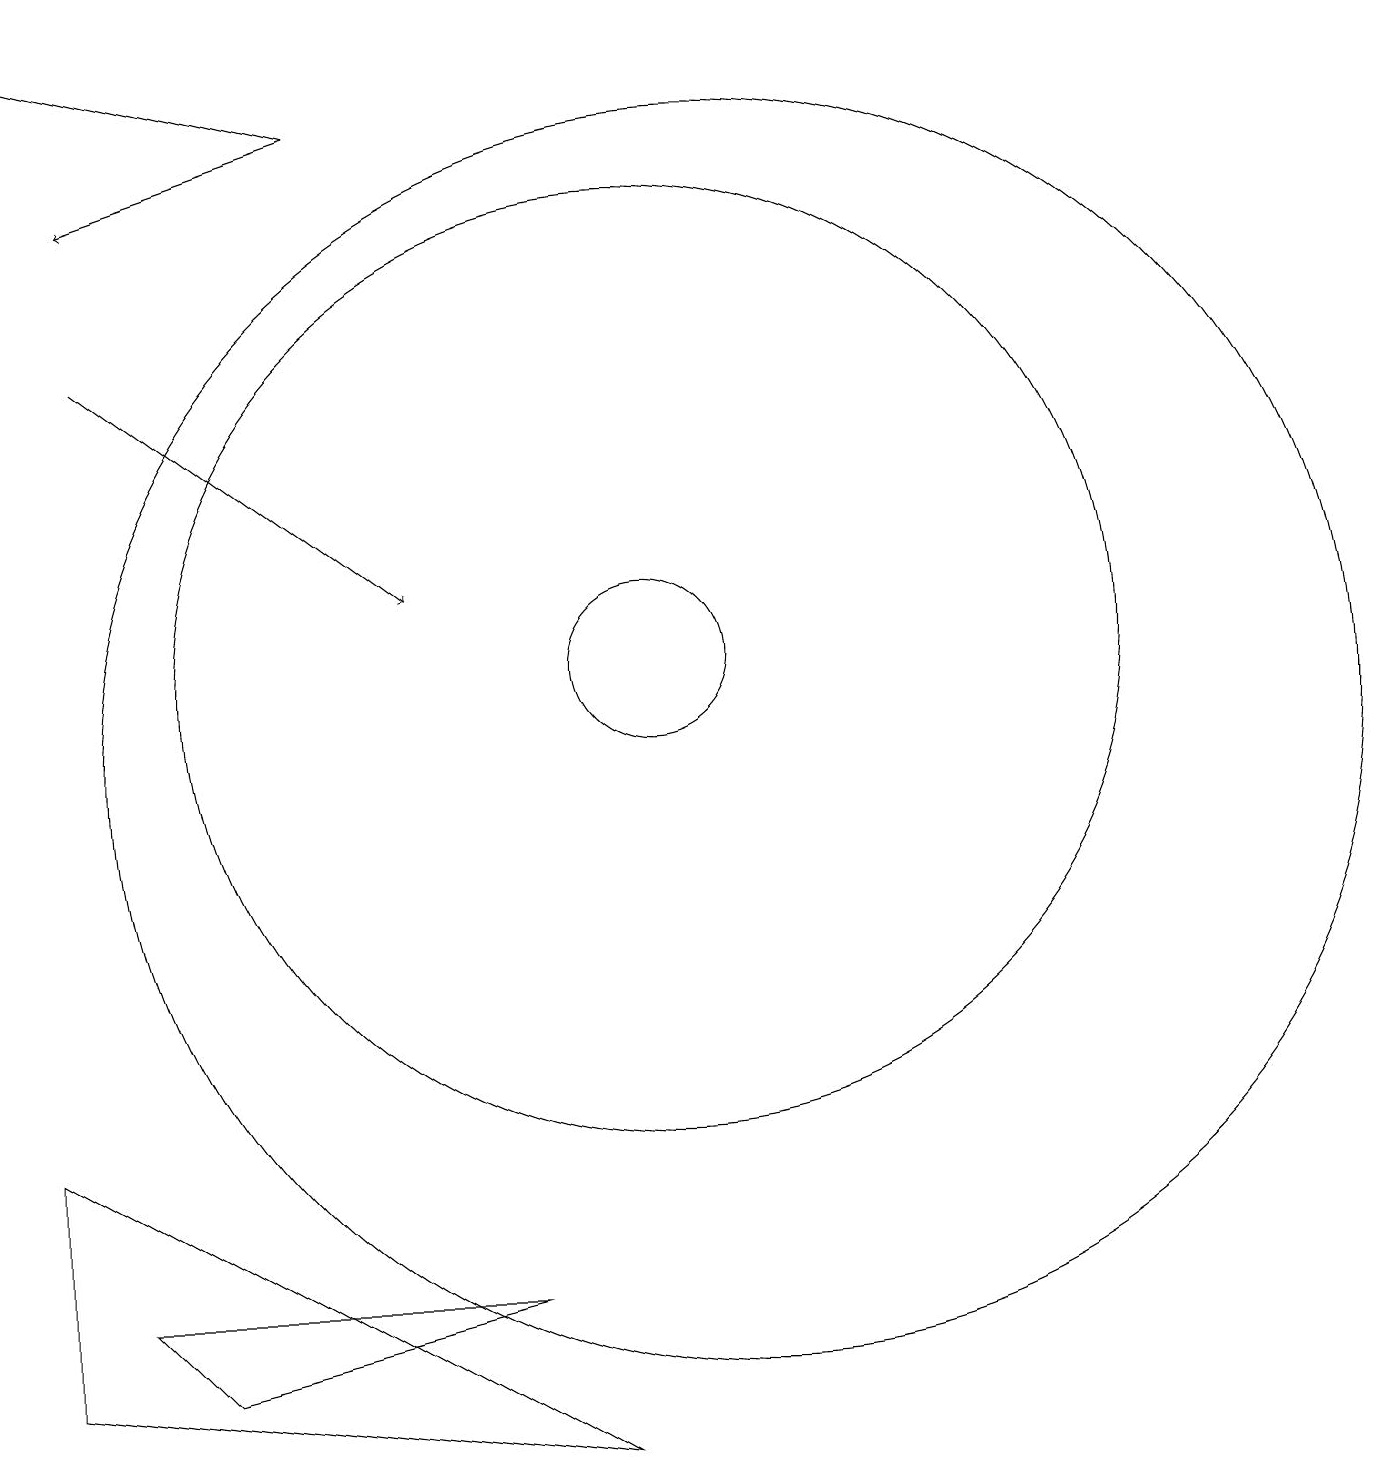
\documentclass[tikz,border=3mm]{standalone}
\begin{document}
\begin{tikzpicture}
\draw[->] (6,18) -- (2,19);
\draw (11,10) circle (8);
\draw (2,2) -- (9,1) -- (2,5) -- cycle;
\draw[->] (3,15) -- (7,12);
\draw (3,3) -- (4,2) -- (8,3) -- cycle;
\draw (10,11) circle (1);
\draw (10,11) circle (6);
\draw[->] (6,18) -- (3,17);
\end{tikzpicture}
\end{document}